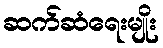
ဆက်ဆံရေးမျိုး